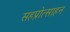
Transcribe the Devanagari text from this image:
सहप्रोत्साहन